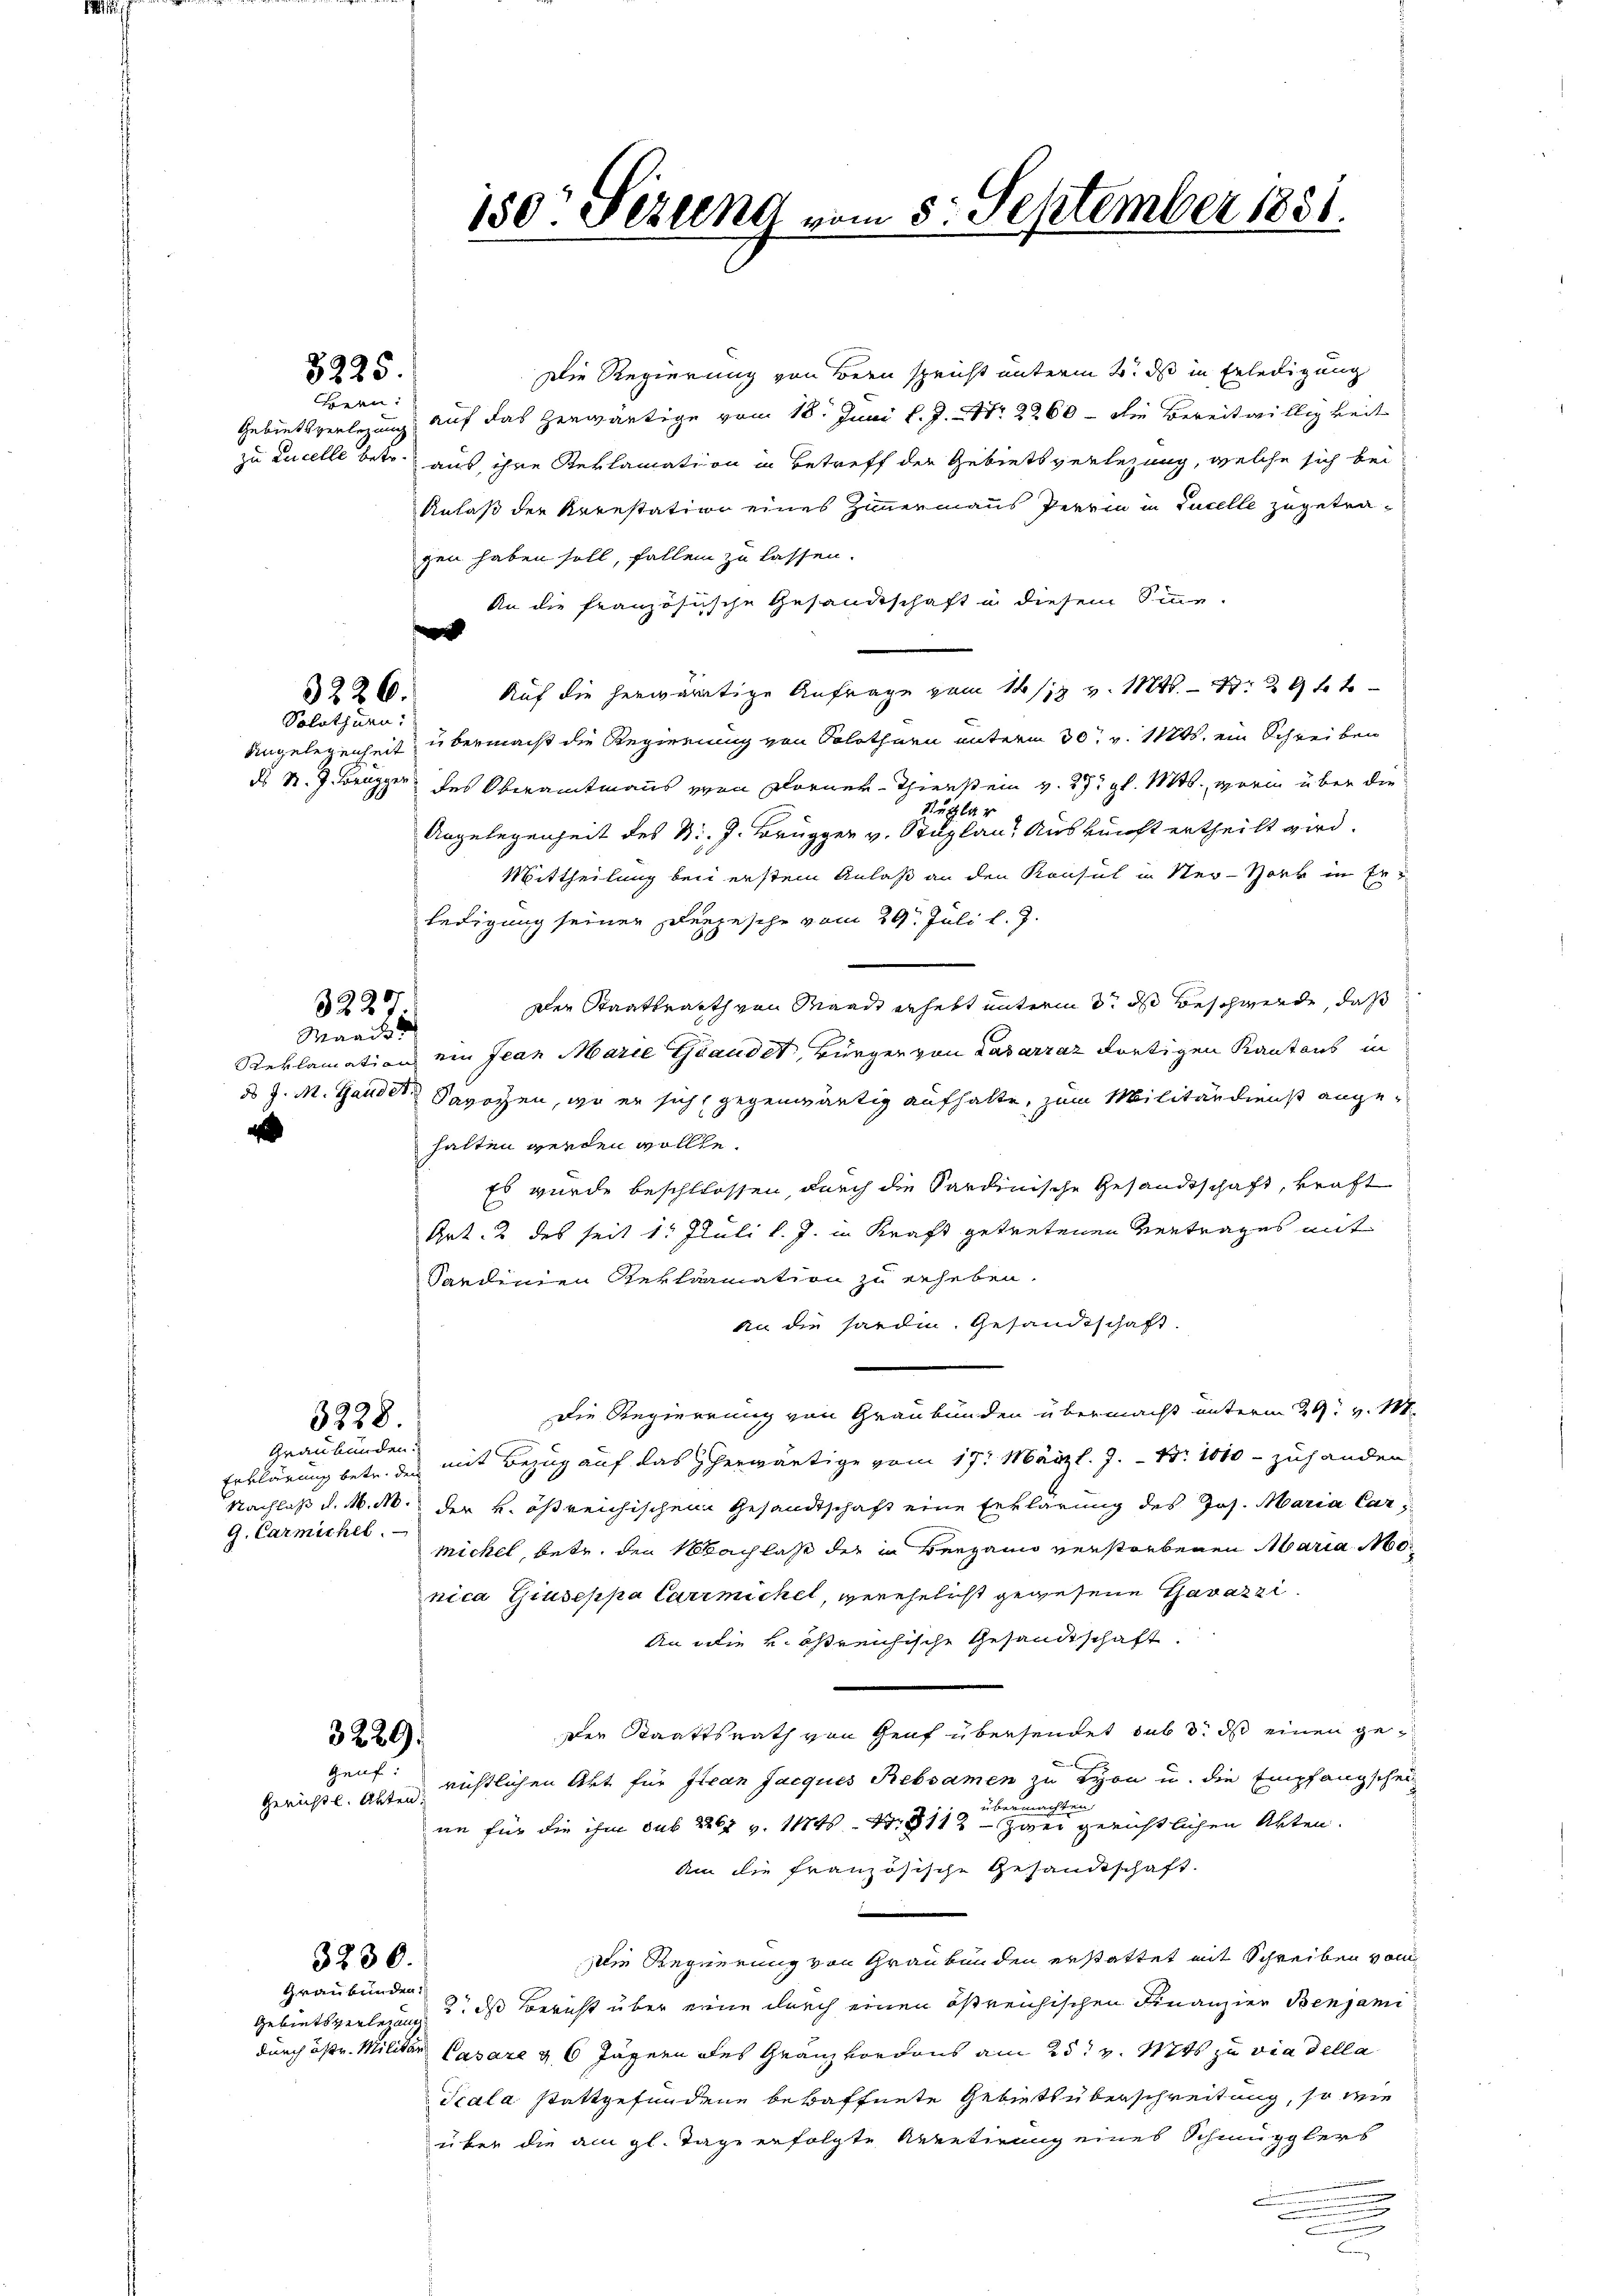
Bern:

d

3225.

3226.

Solothurn.

3227.
Manie

Die Regierung von Bern spricht unterm 2. ds in Erledigung
Gebietsverlegung auf das herwärtige vom 18. Juni l. J. Nr. 2260 - die Bereitwilligkeit
zu Lucelle betr. aus ihre Reklamation in Betreff der Gebietsverlegung, welche sich bei
Anlaß der Arrestation eines Zimmermaus Perrin in Lucelle zugetragen haben soll, fallen zu lassen.
An die französische Gesandtschaft in diesem Sinne.
m
Auf die herwärtige Anfrage vom 14/18 v. 1846. 29 f 1
Angelegenheit, übermacht die Regierung von Solothurn unterm 30. v. 1125. ein Schreiben
ds N. Z. Brugger des Oberamtmanns von Worner-Thierst ein v. 27. gl. Mts., worin über die
Rutzlar
Angelegenheit des B. J. Brugger v. Stuplan Auskunft ertheilt wird.
Mittheilung bei erstem Anlaß an den Konsul in Ner-Hork in Erledigung seiner Depesche vom 29. Juli l. J.
Der Staatsrath von Waadt erhebt unterm 3. ds Beschwerde, daß
Reklamation ein Jean Marie Trauder, Bürger von Lasarraz dortigen Kantons in
ds J. M. Hander Savoyen, wo er sich gegenwärtig aufhalte, zum Militärdienst angehalten werden wollte.
Es wurde beschlossen, durch die Sardinische Gesandtschaft, kraft
Art. 2 des seit 1t Juli l. J. in Kraft getretenen Vertrages mit
Saedenen Reklamation zu erheben.
An die hardin. Gesandtschaft.
Die Regierung von Graubünden übermacht unterm 29. v. 184.
3228
Graubünden.
Erklärung betr. des mit Bezug auf das herwärtige vom 17. März l. J. B. 1010 - zuhanden
Nachlaß d. M. M. der k. östreichischen Gesandtschaft eine Erklärung des Jos. Maria Car¬
G. Carmichel.
mickel, betr. den Nachlaß der in Bergann verstorbenen Maria Mo
nica Giuseppa Carrmickel, verehelicht gegesene Garazzi
An die k. östreichische Gesandtschaft.
e
der Staatsrath von Graf übersendet sub 3. ds einen ge¬
3229.
Geuf:
richtlichen Art für Jean Jacques Rebsamen zu Lyon u. die Empfangschei
Gerichtl. Akten.
übermachten
nn für die ihm sub 2267 v. 114. No. 8112 - zwei gerichtlichen Akten.
Am die französische Gesandtschaft.

Die Regierung von Graubünden erstattet mit Schreiben vom
3230.
Graubünden.
Gebietsverlegung und das Bericht über eine durch einen östreichischen Finanzien Benjami
durch östr. Militar Casare & 6 Jägern des Granzvordens am 25t v. Mts. zu via della
Scala stattgefundene bewaffnete Gebietsüberschreitung, so wie
über die am gl. Tage erfolgte Arretirung eines Schmugglers
n
n
n

150. Setzung vom 5. September 1831.